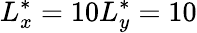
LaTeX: L_{x}^{*}=10L_{y}^{*}=10